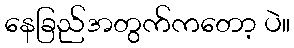
နေခြည်အတွက်ကတော့ ပဲ။